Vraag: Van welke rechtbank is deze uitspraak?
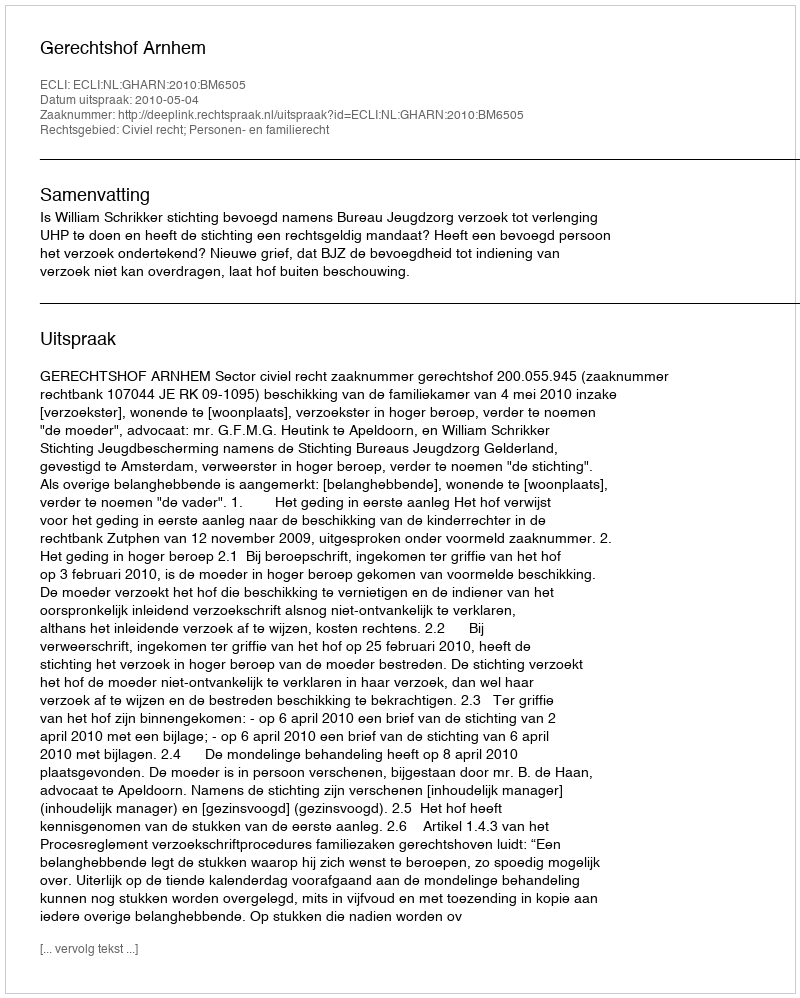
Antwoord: Gerechtshof Arnhem